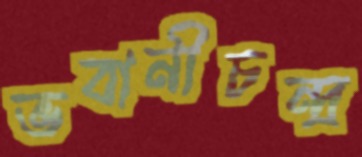
ভবানীচন্দ্র